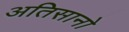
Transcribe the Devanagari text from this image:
अतिसानो